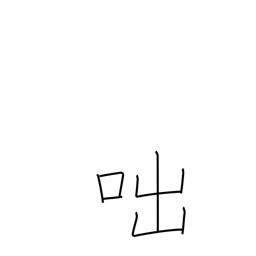
Meaning: cry out (in anger)